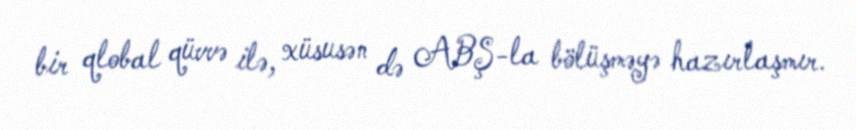
bir qlobal qüvvə ilə, xüsusən də ABŞ-la bölüşməyə hazırlaşmır.